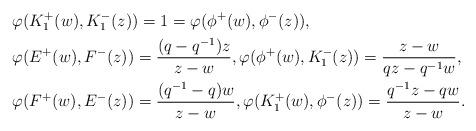
LaTeX: \begin{align*}& \varphi(K_1^+(w), K_1^-(z)) = 1 = \varphi(\phi^+(w), \phi^-(z)), \\& \varphi(E^+(w), F^-(z)) = \frac{(q-q^{-1})z}{z-w}, \varphi(\phi^+(w), K_1^-(z)) = \frac{z-w}{qz-q^{-1}w}, \\& \varphi(F^+(w), E^-(z)) = \frac{(q^{-1}-q)w}{z-w}, \varphi(K_1^+(w), \phi^-(z)) = \frac{q^{-1}z - qw}{z-w}. \end{align*}